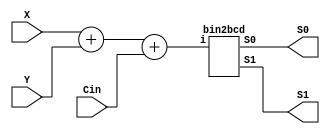
module	bcdadder( // X + Y + Cin -> S1S0

	input	wire	[3:0]	X,
	input	wire	[3:0]	Y,
	input	wire			Cin,
	output	wire	[3:0]	S1,
	output	wire	[3:0]	S0


);

wire	[4:0]	sum	= X + Y	+ Cin;

bin2bcd	u0(.i(sum),	.S1(S1), .S0(S0)); // different from bin2bcd in the prev part.

endmodule



module	bin2bcd(
	input	wire	[4:0]	i,
	output	wire	[3:0]	S1,
	output	wire	[3:0]	S0
);

assign	S1	=	(i >= 5'd10) ? 4'd1 : 4'd0;
assign	S0	=	(i >= 5'd10) ? (i - 4'd10) : i;

endmodule

module tb; //TEST BENCH

	reg		[4:0]	i;
	reg		[3:0]	X;
	reg		[3:0]	Y;
	reg		[0:0]	Cin;
	wire	[3:0]	S1;
	wire	[3:0]	S0;

bcdadder	u0(.X(X), .Y(Y), .Cin(Cin),	.S1(S1), .S0(S0));

	initial	begin
		
		X	=	4'd3;	Y	=	4'd5;	Cin	=	0;
		#10
		X	=	4'd7;	Y	=	4'd6;	Cin	=	0;
		#10
		X	=	4'd7;	Y	=	4'd9;	Cin	=	1;
	
	end

	initial begin

		$dumpfile("bcdadder.vcd");
		$dumpvars;
		#100
		$finish;

	end





endmodule